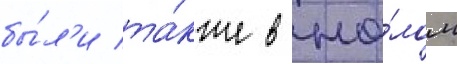
бы́л'и та́кже в це́лом